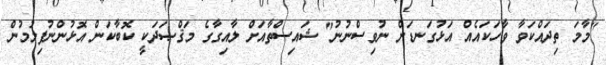
"މާމަ ތިދައްކަވާ ވާހަކައެއް އަޅުގަނޑަށް ނުވިސްނުނު" ޝައިސްތާއަށް ލާއިގާގެ މަޤްޞަދަކީ ކޮބާކަން އޮޅުންނުފިލުމުން